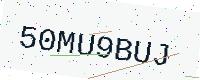
Text: 50MU9BUJ